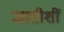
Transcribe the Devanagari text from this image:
जातीशीं